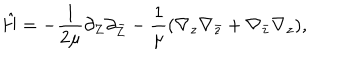
\hat { H } = - { \frac { 1 } { 2 \mu } } \partial _ { Z } \partial _ { \bar { Z } } - \frac { 1 } { \mu } ( \nabla _ { z } \nabla _ { \bar { z } } + \nabla _ { \bar { z } } \nabla _ { z } ) ,